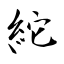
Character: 紽